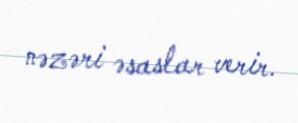
nəzəri əsaslar verir.